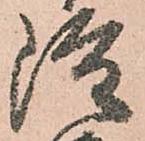
雖